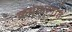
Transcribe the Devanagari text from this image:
कथाभागांत